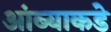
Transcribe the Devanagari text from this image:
आंब्याकडे